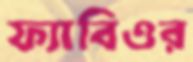
ফ্যাবিওর